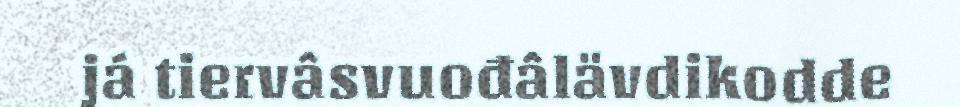
já tiervâsvuođâlävdikodde